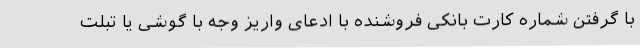
با گرفتن شماره کارت بانکی فروشنده با ادعای واریز وجه با گوشی یا تبلت